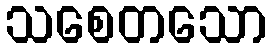
သစေတသော